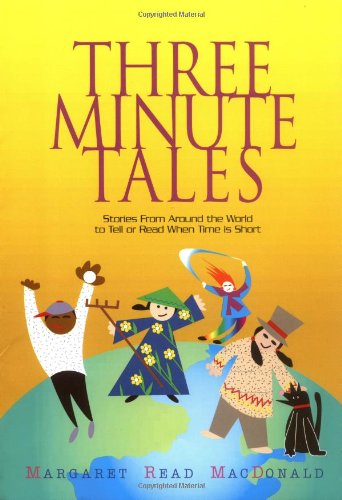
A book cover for Three-Minute Tales; Margaret Read MacDonald; Teen & Young Adult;